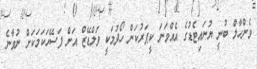
ވެންހާލް ބުނީ ޔުނައިޓެޑުގެ އެއްވަނަ ކީޕަރުކަން ހޯދުމަކީ ވަލްޑޭޒް އަށް ފަސޭހަކަމަކަށް ނުވާނެ